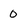
Character: 0